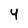
Character: 4